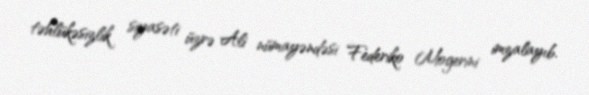
təhlükəsizlik siyasəti üzrə Ali nümayəndəsi Federiko Mogerini imzalayıb.